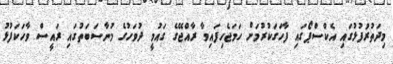
މިދަތުރުފުޅުގައި އެކްސްޕޯގައި ފާހަގަކުރުމަށް ހަމަޖެހިފައިވާ ރާއްޖޭގެ ގައުމީ ދުވަހުގެ މުނާސަބަތުގައި ރައީސް ވާހަކަފުޅު